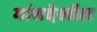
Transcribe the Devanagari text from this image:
मांसदेखील